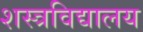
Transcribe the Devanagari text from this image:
शस्त्रविद्यालय